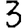
Digit: 3